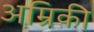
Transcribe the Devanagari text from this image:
अम्रिकी